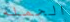
الحمله